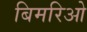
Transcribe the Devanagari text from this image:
बिमरिओ